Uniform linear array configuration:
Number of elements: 64
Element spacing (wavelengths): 0.5
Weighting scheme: kaiser
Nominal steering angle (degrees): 30
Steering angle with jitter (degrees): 31.128
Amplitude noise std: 0.05
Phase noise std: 0.05

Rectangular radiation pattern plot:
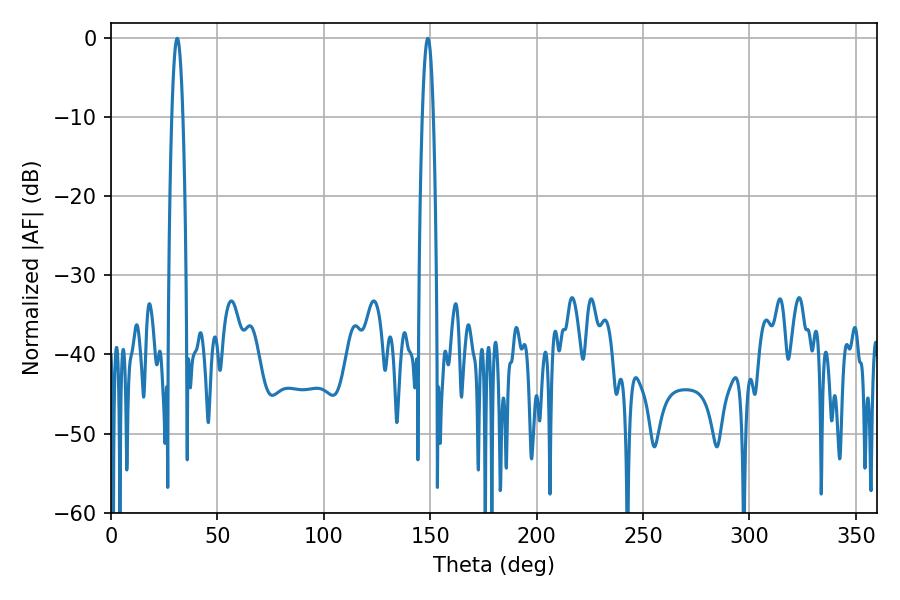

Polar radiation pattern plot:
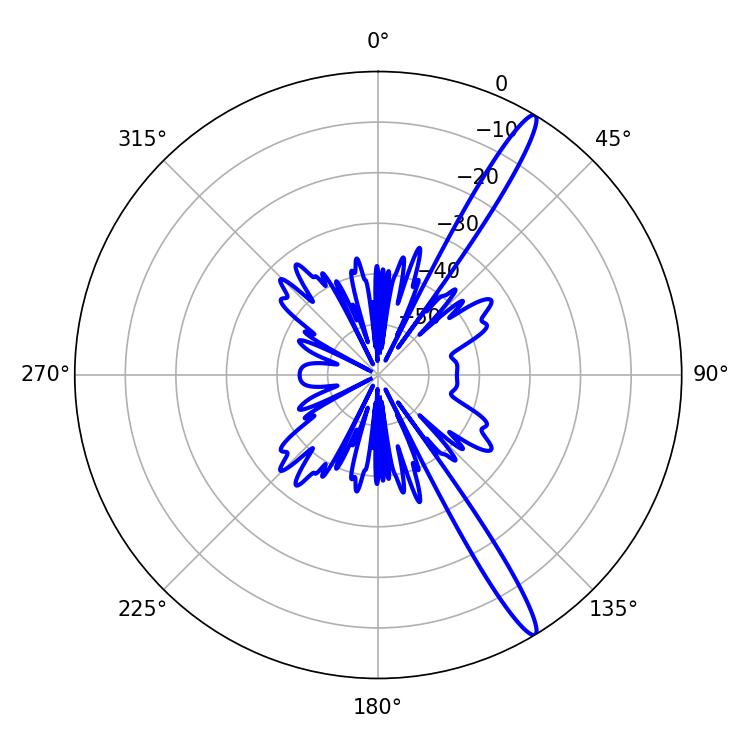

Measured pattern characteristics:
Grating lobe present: FALSE
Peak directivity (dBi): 15.505
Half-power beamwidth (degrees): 2.88
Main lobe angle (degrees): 31.14